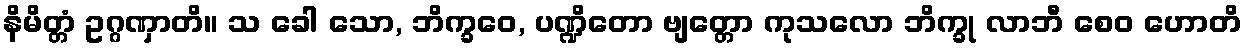
နိမိတ္တံ ဥဂ္ဂဏှာတိ။ သ ခေါ သော, ဘိက္ခဝေ, ပဏ္ဍိတော ဗျတ္တော ကုသလော ဘိက္ခု လာဘီ စေဝ ဟောတိ